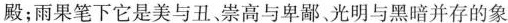
殿；雨果笔下它是美与丑，崇高与卑鄙、光明与黑暗并存的象